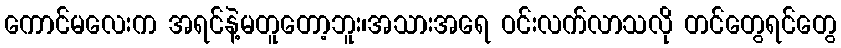
ကောင်မလေးက အရင်နဲ့မတူတော့ဘူး၊အသားအရေ ဝင်းလက်လာသလို တင်တွေရင်တွေ